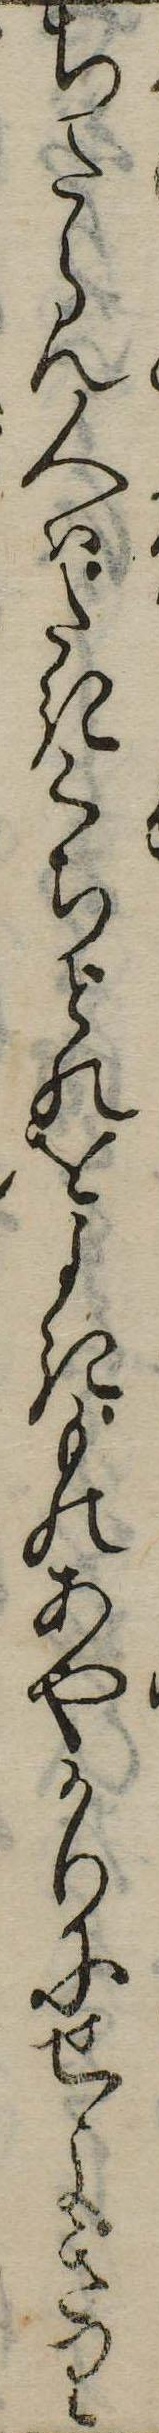
ちたらん人はたきくちどのをよきものあやかりにせよきり